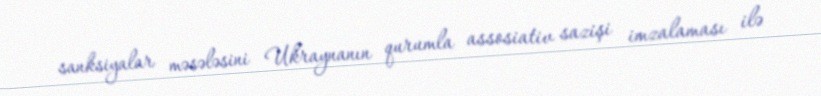
sanksiyalar məsələsini Ukraynanın qurumla assosiativ sazişi imzalaması ilə